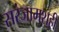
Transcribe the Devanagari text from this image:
सरंजामशही